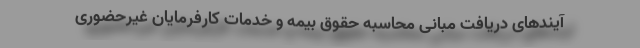
آیندهای دریافت مبانی محاسبه حقوق بیمه و خدمات کارفرمایان غیرحضوری